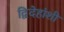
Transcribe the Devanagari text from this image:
द्विदेहांशी